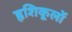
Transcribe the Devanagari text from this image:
हृशिकूलों